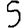
Digit: 5